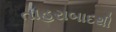
તાહરાબાદથી